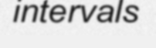
intervals